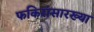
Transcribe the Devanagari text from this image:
फकिरांसारख्या